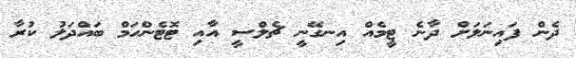
ދެން ފައިނަލަށް ދާނެ ޓީމެއް އިނގޭނީ ޗެލްސީ އާއި ޓޮޓެންހަމް ބައްދަލު ކުރާ